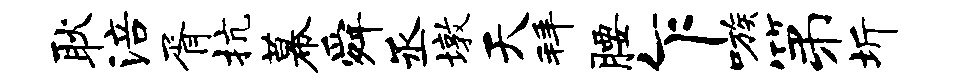
耿涪胥抗幕舜丞墩天拜腰乍嗾第圻